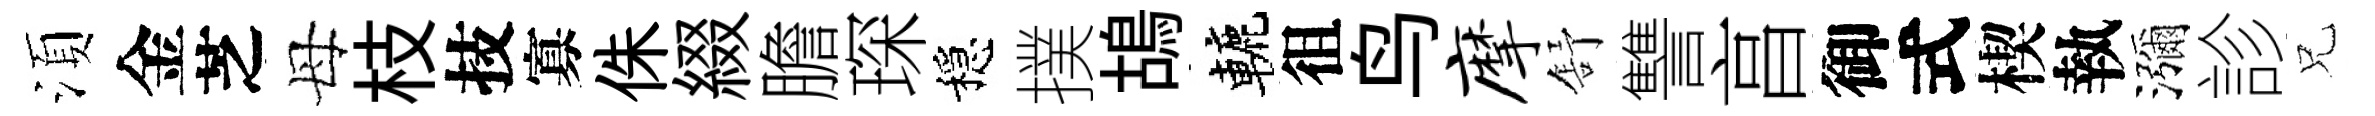
湏金芝母枝技寡侏綴膽琛穩撲鴣轆徂鸟摩舒讐亯御式楔執瀰診兄